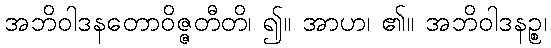
အဘိဝါဒနတောဝိဇ္ဇတီတိ၊ ၍။ အာဟ၊ ၏။ အဘိဝါဒနဉ္စ၊